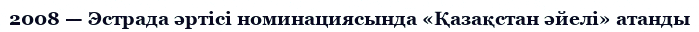
2008 — Эстрада әртісі номинациясында «Қазақстан әйелі» атанды